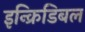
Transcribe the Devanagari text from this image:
इन्क्रिडिबल